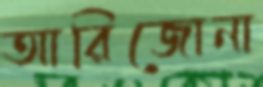
আরিজোনা